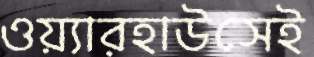
ওয়্যারহাউসেই